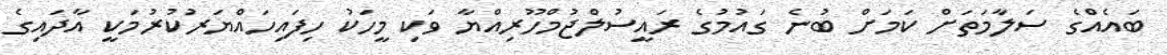
ބައެއްގެ ސަލާމަތަށް ކަމަށް ބުނެ ގައުމުގެ ރައީސުލްޖުމްހޫރިއްޔާ ވަކި މީހަކު ހިފައިހައްޔަރުކުރުމަކީ އާދައިގެ